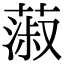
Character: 蔋